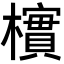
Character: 𪴎